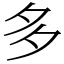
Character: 多